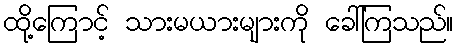
ထို့ကြောင့် သားမယားများကို ခေါ်ကြသည်။